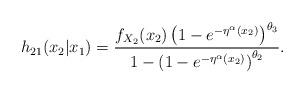
LaTeX: \begin{align*}h_{21}(x_{2}|x_{1})=\frac{f_{X_{2}}(x_{2})\left( 1-e^{-\eta ^{\alpha}(x_{2})}\right) ^{\theta _{3}}}{1-\left( 1-e^{-\eta ^{\alpha}(x_{2})}\right) ^{\theta _{2}}}.\end{align*}